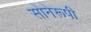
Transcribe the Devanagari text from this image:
सोनेरूपी